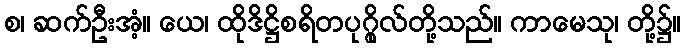
စ၊ ဆက်ဦးအံ့။ ယေ၊ ထိုဒိဋ္ဌိစရိတပုဂ္ဂိုလ်တို့သည်။ ကာမေသု၊ တို့၌။